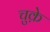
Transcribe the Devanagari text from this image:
चुक़े